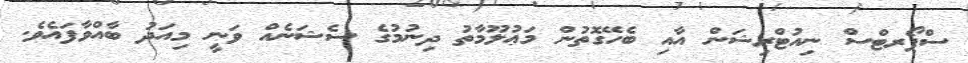
ސްޕޯރޓްސް ނިއުޓްރިޝަން އާއި ބެހޭގޮތުން މަޢުލޫމާތު ދިނުމުގެ ސެޝަނެއް ވަނީ މިއަދު ބާއްވާފައެވެ.